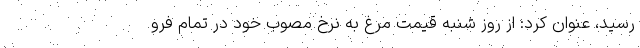
رسید، عنوان کرد: از روز شنبه قیمت مرغ به نرخ مصوب خود در تمام فرو